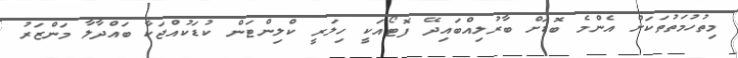
މިތުހުމަތުތަކަށް އެންމެ ބޮޑަށް ބާރުލިއްބައިދޭ ފޮޓޯއަކީ ހިލަރީ ކްލިންޓަން ކުޑަކުއްޖަކާ ބައްދާލާ މަންޒަރު